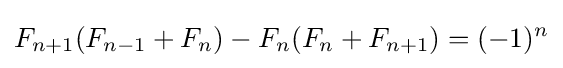
F_{n+1}(F_{n-1}+F_{n})-F_{n}(F_{n}+F_{n+1})=(-1)^{n}